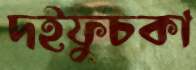
দইফুচকা